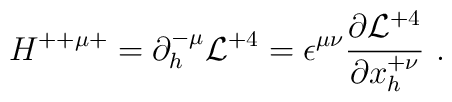
H^{++\mu +}  = \partial^{-\mu}_h {\cal L}^{+4} =\epsilon^{\mu\nu} {\partial{{\cal L}^{+4}} \over \partial {x^{+\nu}_h}}\  .